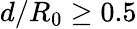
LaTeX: d/R_{0}\geq 0.5